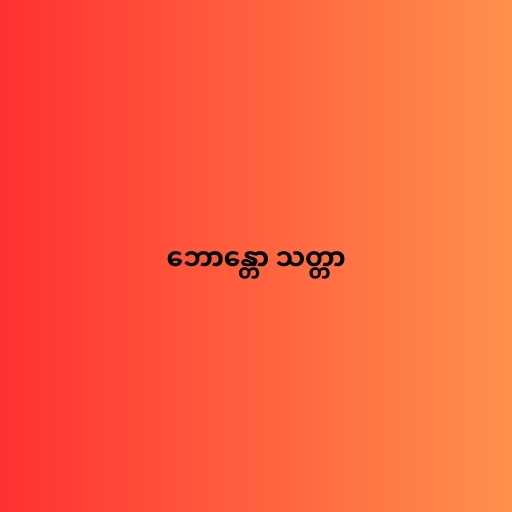
ဘောန္တော သတ္တာ